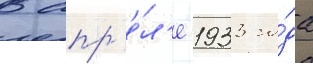
В апр'е́л'е 1933 го́да